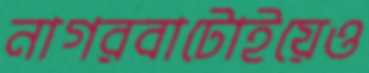
নাগরবাটোইয়েও